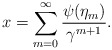
\begin{align*}x=\sum_{m=0}^\infty\frac{\psi(\eta_m)}{\gamma^{m+1}}.\end{align*}